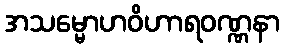
အသမ္မောဟဝိဟာရဝဏ္ဏနာ